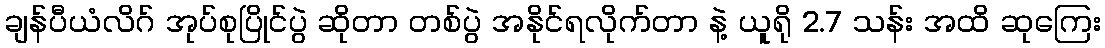
ချန်ပီယံလိဂ် အုပ်စုပြိုင်ပွဲ ဆိုတာ တစ်ပွဲ အနိုင်ရလိုက်တာ နဲ့ ယူရို 2.7 သန်း အထိ ဆုကြေး